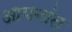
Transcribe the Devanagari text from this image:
आयनांत